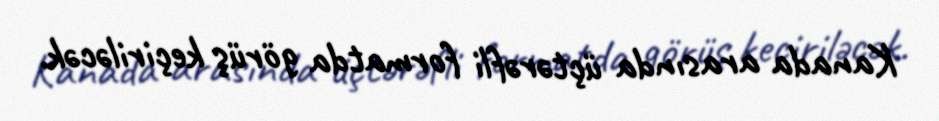
Kanada arasında üçtərəfli formatda görüş keçiriləcək.